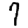
Digit: 7